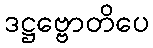
ဒဋ္ဌဗ္ဗောတိပေ